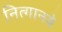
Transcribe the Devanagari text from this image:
नित्‍गानये